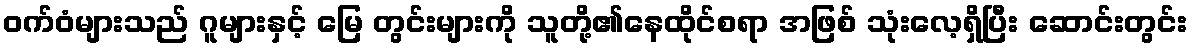
ဝက်ဝံများသည် ဂူများနှင့် မြေ တွင်းများကို သူတို့၏နေထိုင်စရာ အဖြစ် သုံးလေ့ရှိပြီး ဆောင်းတွင်း